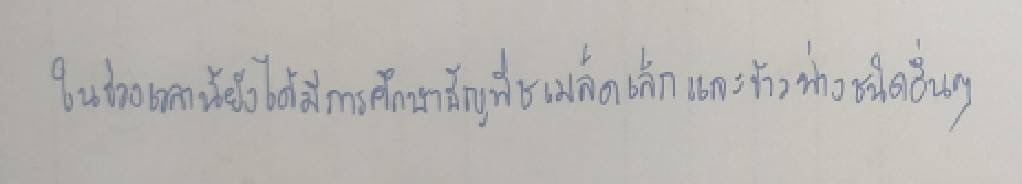
ในช่วงเวลานี้ยังได้มีการศึกษาธัญพืชเมล็ดเล็กและข้าวฟ่างชนิดอื่นๆ